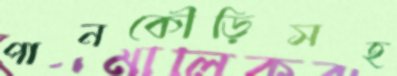
পানকৌড়িসহ